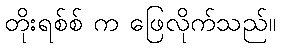
တိုးရစ်စ် က ဖြေလိုက်သည်။